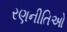
રણનીતિઓ